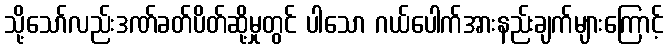
သို့သော်လည်းဒဏ်ခတ်ပိတ်ဆို့မှုတွင် ပါသော ဂယ်ပေါက်အားနည်းချက်များကြောင့်